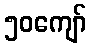
၅၀ကျော်